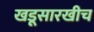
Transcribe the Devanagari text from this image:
खडूसारखीच